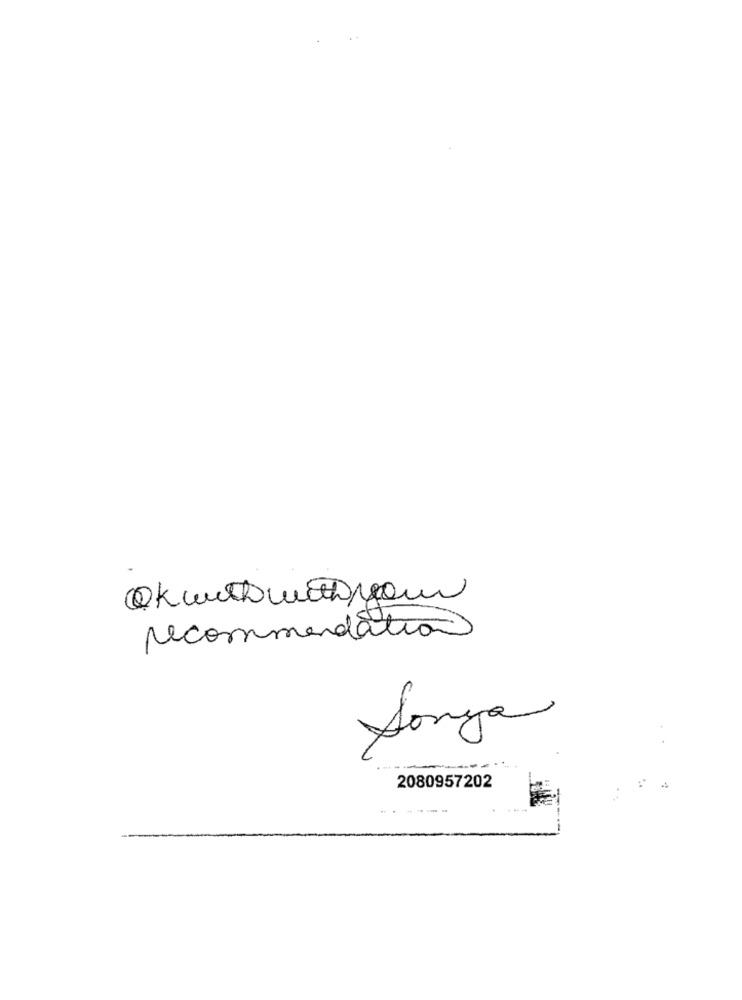
Okwithwithnyom
recommendations
Sonya
2080957202